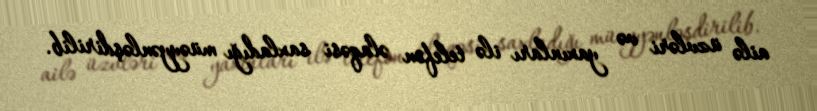
ailə üzvləri və yaxınları ilə telefon əlaqəsi saxladığı müəyyənləşdirilib.